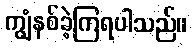
ကျွံနစ်ခဲ့ကြရပါသည်။